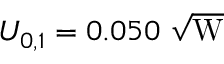
U _ { 0 , 1 } = 0 . 0 5 0 ~ \mathrm { \sqrt { W } }